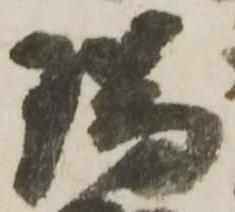
瑞